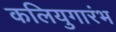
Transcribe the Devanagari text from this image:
कलियुगारंभ